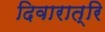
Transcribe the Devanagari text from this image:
दिवारात्रि